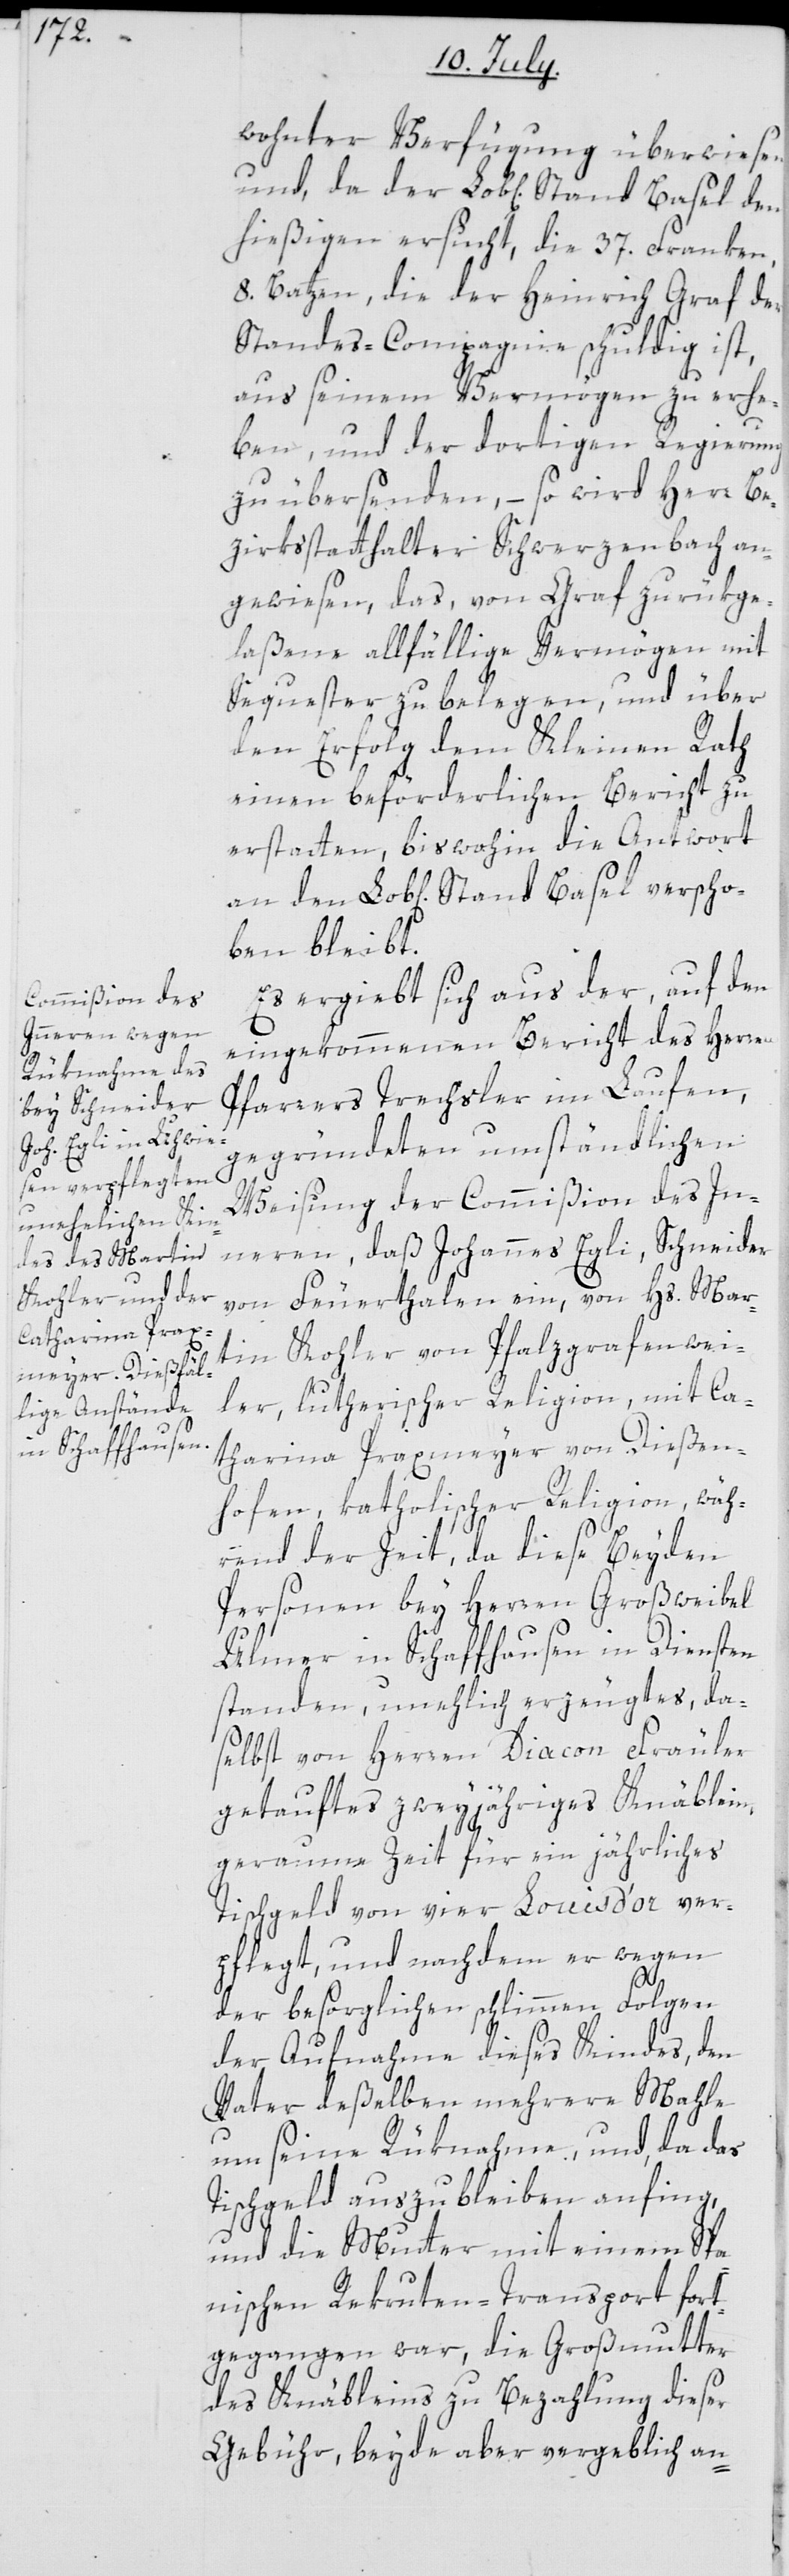
wohnter Verfügung überwiesen,
hießigen ersucht, die 37. Franken,
8. Batzen, die der Heinrich Graf der
Standes-Compagnie schuldig ist,
aus seinem Vermögen zu erhe¬
ben, und der dortigen Regierung
zu übersenden, – so wird Herr Be¬
zirksstatthalter Schwerzenbach an¬
gewiesen, das, von Graf zurükge¬
laßene allfällige Vermögen mit
Sequester zu belegen, und über
den Erfolg dem Kleinen Rath
einen beförderlichen Bericht zu
erstatten, bis wohin die Antwort
an den Lobl. Stand Basel verscho¬
ben bleibt.
Es ergiebt sich aus der, auf den
eingekommenen Bericht des Herren
Pfarrers Trechsler im Laufen,
gegründeten umständlichen
Weisung der Commißion des In¬
nern, daß Johannes Egli, Schneider
von Feuerthalen ein, von Hs. Mar¬
tin Kohler von Pfalzgrafenwei¬
ler, lutherischer Religion, mit Ca¬
tharina Praxmeyer von Dießen¬
hofen, katholischer Religion, wäh¬
rend der Zeit, da diese beyden
Personen bey Herren Großweibel
Ulmer in Schaffhausen in Diensten
standen, unehelich erzeugtes, da¬
selbst von Herren Diacon Fräuler
getauftes zweyjähriges Knäblein,
geraume Zeit für ein jährliches
Tischgeld von vier Louisd’or ver¬
pflegt, und nachdem er wegen
der besorglichen schlimmen Folgen
der Aufnahme dieses Kindes, den
Vater deßelben mehrere Mahle
um seine Rüknahme, und, da das
Tischgeld auszubleiben anfing,
und die Mutter mit einem Spa¬
nischen Rekruten-Transport fort¬
gegangen war, die Großmutter
des Knäbleins zu Bezahlung dieser
Gebühr, beyde aber vergeblich an-